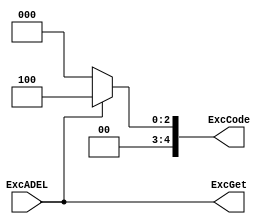
`timescale 1ns / 1ps
//////////////////////////////////////////////////////////////////////////////////
// Company: 
// Engineer: 
// 
// Design Name: 
// Module Name:    F_ExcJudger 
// Project Name: 
// Target Devices: 
// Tool versions: 
// Description: 
//
// Dependencies: 
//
// Revision: 
// Revision 0.01 - File Created
// Additional Comments: 
//
//////////////////////////////////////////////////////////////////////////////////
module F_ExcChecker(
    input ExcADEL,
    output ExcGet,
    output [4:0] ExcCode
    );
	
	assign ExcGet=ExcADEL;
	assign ExcCode=ExcADEL? 5'd4 : 5'd0;

endmodule